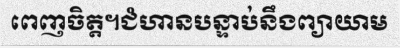
ពេញចិត្ត។ជំហានបន្ទាប់នឹងព្យាយាម